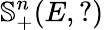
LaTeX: \mathbb{S}_{+}^{n}(E,?)